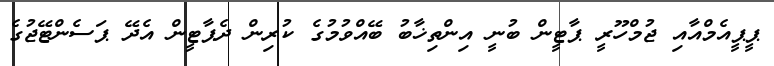
ޕީޕީއެމްއާއި ޖުމްހޫރީ ޕާޓީން ބުނީ އިންތިޚާބު ބޭއްވުމުގެ ކުރިން ދެޕާޓީން އެދޭ ޕަސެންޓޭޖުގެ